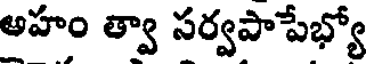
అహం త్వా సర్వపాపేభ్యో